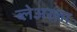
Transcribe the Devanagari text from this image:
ब्लेअरला